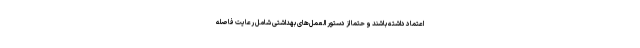
اعتماد داشته باشند و حتما از دستور العمل‌های بهداشتی شامل رعایت فاصله